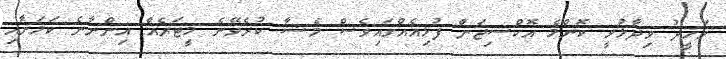
ވަހީދު ވިދާޅުވީ ކޮންމެ އޮކްސިޖަން ފުޅިއެއްގައިވެސް މެޝާ ކުރެވޭނެ މީޓަރެއް އިންނާނެ ކަމަށާއި